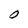
Character: 0